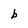
Character: b